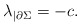
\begin{align*}\lambda_{|\partial\Sigma} = - c.\end{align*}